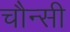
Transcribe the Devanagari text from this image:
चौन्सी